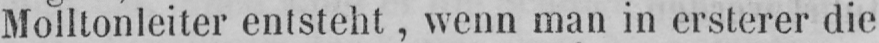
Molltonleiter entsteht, wenn man in ersterer die